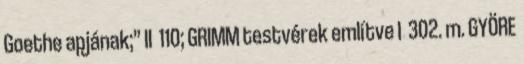
Goethe apjának;” II 110; GRIMM testvérek említve I 302. m. GYÖRE